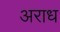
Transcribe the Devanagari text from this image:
अराध